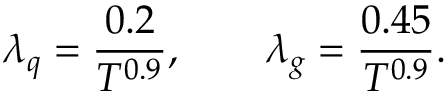
\, \lambda _ { q } = \frac { 0 . 2 } { T ^ { 0 . 9 } } , \qquad \lambda _ { g } = \frac { 0 . 4 5 } { T ^ { 0 . 9 } } .